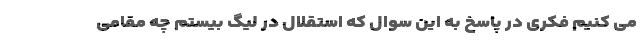
می کنیم فکری در پاسخ به این سوال که استقلال در لیگ بیستم چه مقامی